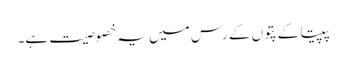
پپیتا کے پتوں کے رس میں یہ خصوصیت ہے۔